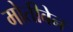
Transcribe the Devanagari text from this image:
मोतीबेन